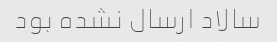
سالاد ارسال نشده بود